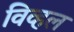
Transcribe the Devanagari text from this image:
विव्हल